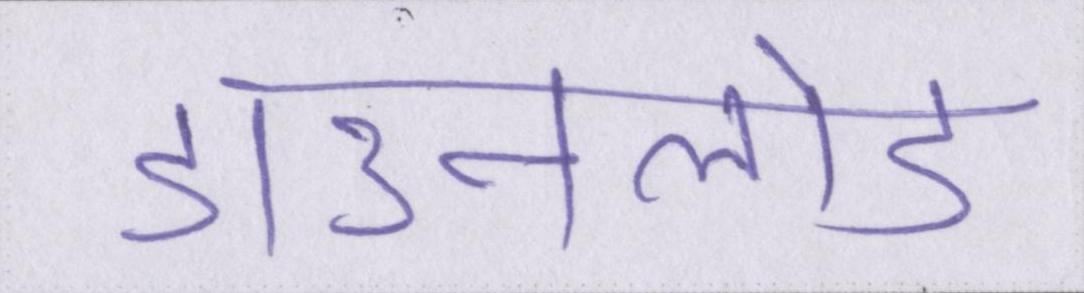
डाउनलोड